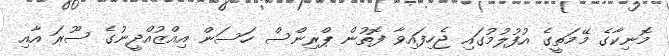
މޮނިކާގެ މޭމަތީގެ އުފުލުމުގައި ޖެހިފައިވާ ފޮތުން ޕްރިންސް ހަސަން އިއްޒުއްދީނުގެ ސޫރަ އާއި